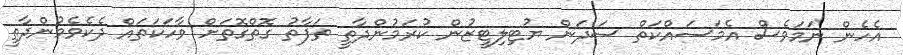
އެހެން ނަމަވެސް އެމަސައްކަތް ސަދަން ޔުޓިލިޓީޒުން ކުރަމުންދާތީ ތަފާތު ގޮތްގޮތަށް ވާހަކަތައް ދެކެވެމުންދާތީ